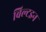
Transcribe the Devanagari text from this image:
बिल्टइन